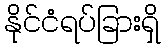
နိုင်ငံရပ်ခြားရှိ